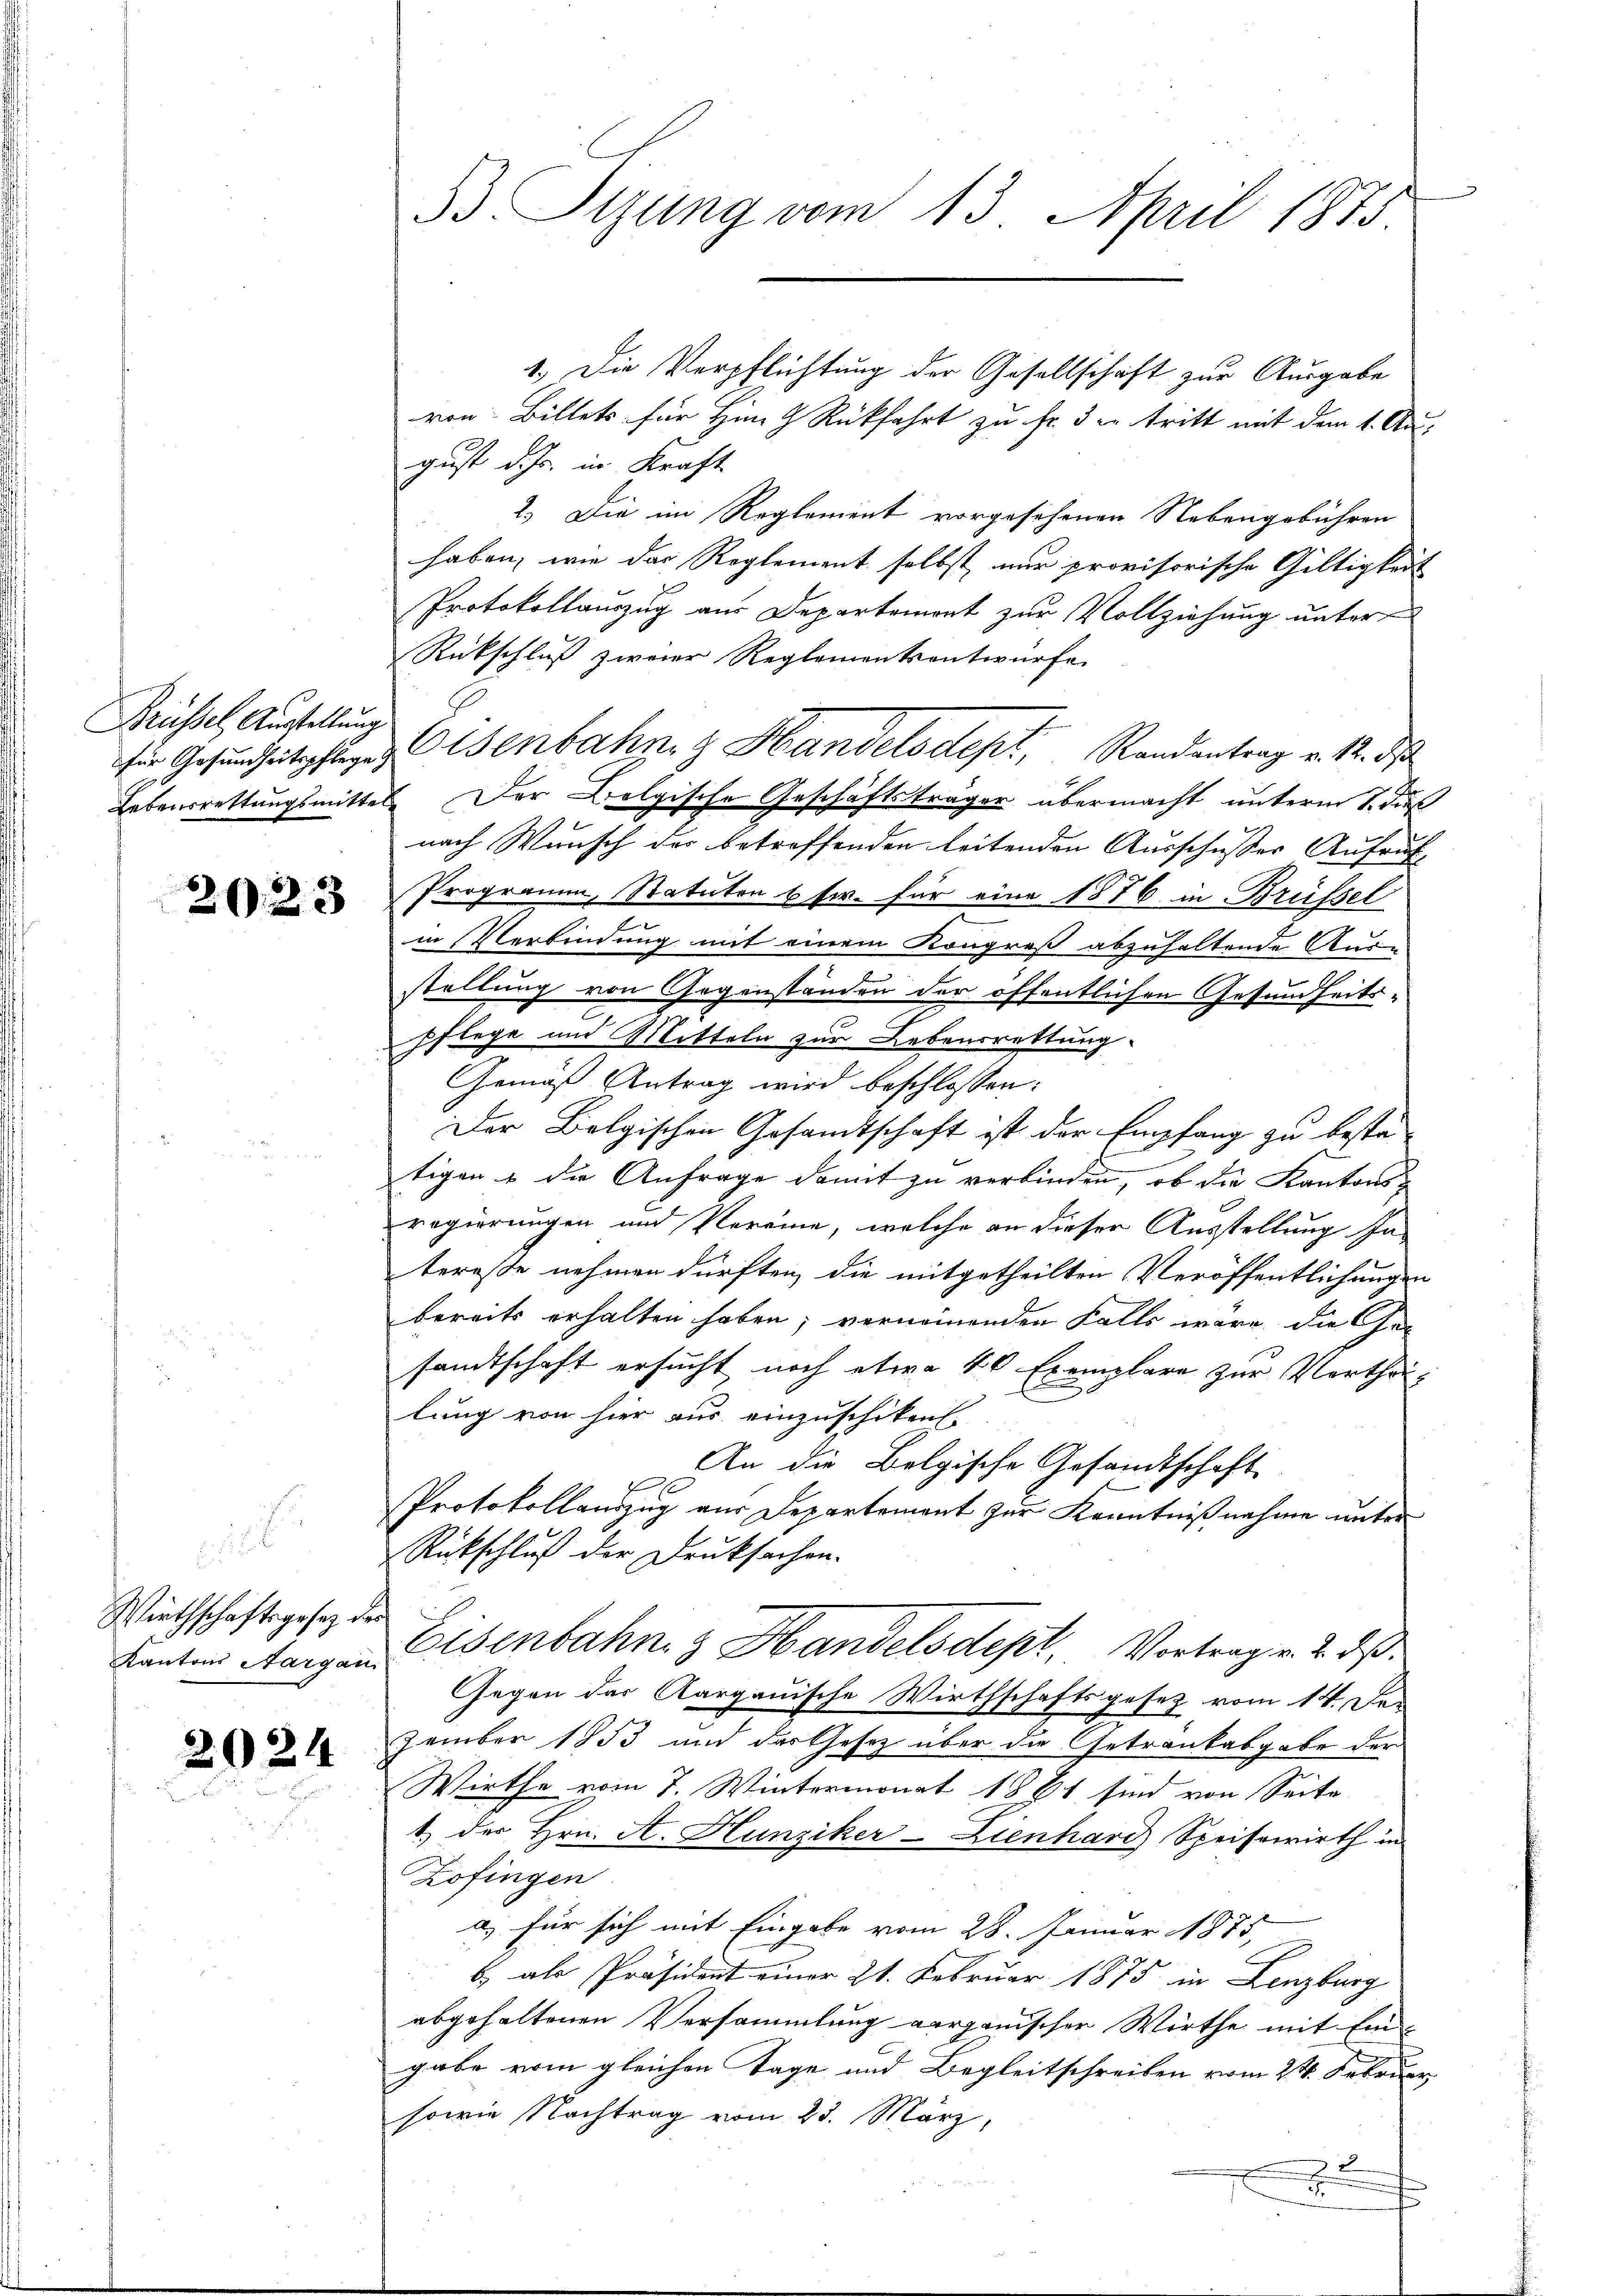
Brüssel, Austellung

2023

1
Wirthschaftsgesetz der
Kantons Aargau.

2024

B. Sizung vom 13. April 1875

1.) Die Verpflichtung der Gesellschaft zur Ausgabe
von Billets für Hrn. Rückfahrt zu Fr. 3 er tritt mit dem 1. Au-
gust d. Js. in Kraft
2.) Die im Reglement vorgesehenen Nebengebühren
haben, wie das Reglement selbst nur provisorische Gültigkeit
Protokollauszug aus Departemont zur Vollziehung unter
Rückschluß zweier Reglementsentwürfe
für Gesundheitspflegen Eisenbahn & Handelsdept, Randantrag v. 12. ds
Lebensrettungsmittel. Der Bolgische Geschäftsträger übermacht unterm S. dieß
nach Wunsch der betreffenden leitenden Ausschusser Aufruf
Programm, Statuten usw. für eine 1876 in Brüssel
in Verbindung mit einem Kongreß abzuhaltende Aus-
stellung von Gegenständen der öffentlichen Gesundheits-
pflege und Mitteln zur Lebensrettung.
Gemäß Antrag wird beschlossen:
Der Belgischen Gesandtschaft ist der Empfang zu besta-
tigen & die Anfrage damit zu verbinden, ob die Kantonsregierungen und Vereine, welche an dieser Ausstellung Ja
tereße nehmen dürften, die mitgetheilten Veröffentlichungen
bereits erhalten haben; vernommenden Falls wäre die Ge-
sandtschaft ersucht noch etwa 40 Exemplare zur Vorthei-
lung von hier aus einzuschiken.
An die Belgische Gesandtschaft
Protokollauszug aus Departement zur Kenntnißnahme unter
Rückschluß der Druksachen.
Eisenbahn z Handelsdept. Vortrag v. 2. ds.
Gegen des Aargauische Wirthschaftsgesetz vom 14. Da
zember 1853 und das Gesetz über die Getränkabgabe der
Wirthe vom 7. Wintermonat 1861 sind von Seite
1) der Hrn. A. Hunziker-Zienhard Speisewirth in
Zofingen
a) für sich mit Eingabe vom 28. Januar 1875,
b, als Präsident einer 21. Februar 1875 in Lenzburg
abgehaltenen Versammlung verganischer Wirthe mit Ein-
gabe vom gleichen Tage und Begleitschreiben vom 24. Februar
sowie Nachtrag vom 23. März,

I